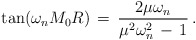
\begin{align*}\tan(\omega_nM_0R)\,=\,\frac{2\mu\omega_n}{\mu^2\omega_n^2\,-\,1}\,{.}\end{align*}